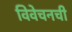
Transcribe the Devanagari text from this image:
विवेचनची